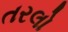
તરલો